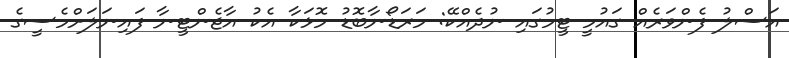
އަސްލު ފެންވަރެއް ގައުމީ ޓީމުގައި ނުދެއްކޭ: މަރަޑޯނާބޮޑު މޮޅަކާ އެކު އާޖެންޓީނާ ފައިނަލަށްމެސީގެ